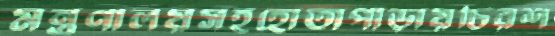
মন্ত্রণালয়সহহোতাপাড়ায়চিরশ